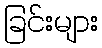
ခြင်းများ